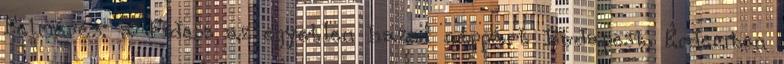
Felmérés: a Fidesz az egyetlen hazai néppárt Budapest. Érdemben